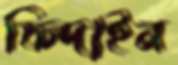
ফিদাইন